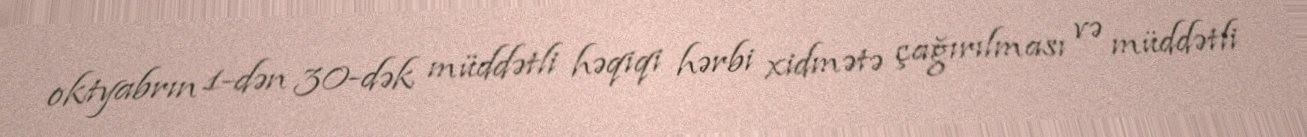
oktyabrın 1-dən 30-dək müddətli həqiqi hərbi xidmətə çağırılması və müddətli